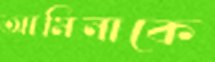
আমিনাকে